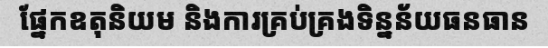
ផ្នែកឧតុនិយម និងការគ្រប់គ្រងទិន្នន័យធនធាន